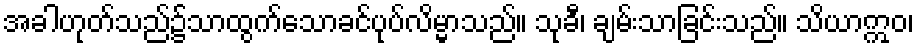
အခါဟုတ်သည်၌သာထွက်သောခင်ပုပ်လိမ္မာသည်။ သုခီ၊ ချမ်းသာခြင်းသည်။ သိယာဣဝ၊